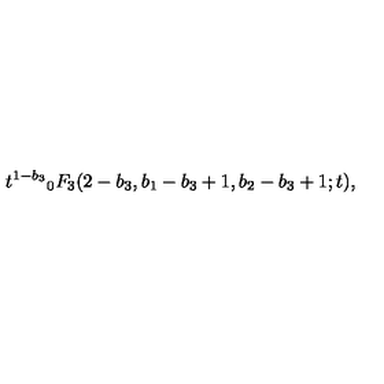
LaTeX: { t ^ { 1 - b _ { 3 } } } _ { 0 } F _ { 3 } ( 2 - b _ { 3 } , b _ { 1 } - b _ { 3 } + 1 , b _ { 2 } - b _ { 3 } + 1 ; t ) ,